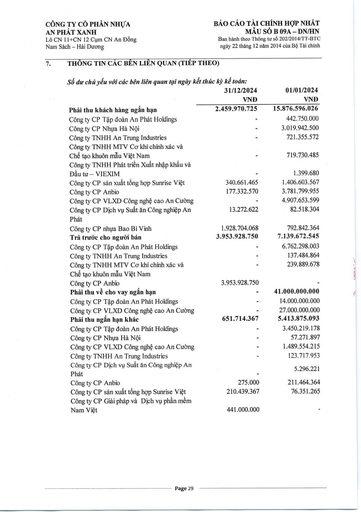
||31/12/2024 VND|01/01/2024 VND| |---|---|---| |Phải thu khách hàng ngắn hạn|2.459.970.725|15.876.596.026| |Công ty CP Tập đoàn An Phát Holdings|-|442.750.000| |Công ty CP Nhựa Hà Nội|-|3.019.942.500| |Công ty TNHH An Trung Industries|-|721.355.572| |Công ty TNHH MTV Cơ khí chính xác và Chế tạo khuôn mẫu Việt Nam|-|719.730.485| |Công ty TNHH Phát triển Xuất nhập khẩu và Đầu tư VIEXIM|-|1.399.680| |Công ty CP Sản xuất Tổng hợp Sunrise Việt|340.661.465|1.406.603.567| |Công ty CP Anbio|177.332.570|3.781.799.955| |Công ty CP VLXD Công nghệ Cao An Cường|-|4.907.653.599| |Công ty CP Dịch vụ Suất ăn Công nghiệp An Phát|13.272.622|82.518.304| |Công ty CP Nhựa Bao Bì Vinh|1.928.704.068|792.842.364| |Trả trước cho người bán|3.953.928.750|7.139.672.545| |Công ty CP Tập đoàn An Phát Holdings|-|6.762.298.003| |Công ty TNHH An Trung Industries|-|137.484.864| |Công ty TNHH MTV Cơ khí chính xác và|-|239.889.678| |Chế tạo khuôn mẫu Việt Nam||| |Công ty CP Anbio|3.953.928.750|| |Phải thu về cho vay ngắn hạn|-|41.000.000.000| |Công ty CP Tập đoàn An Phát Holdings|-|14.000.000.000| |Công ty CP VLXD Công nghệ Cao An Cường|-|27.000.000.000| |Phải thu ngắn hạn khác|651.714.367|5.413.875.093| |Công ty CP Tập đoàn An Phát Holdings|-|3.450.219.178| |Công ty CP Nhựa Hà Nội|-|57.271.897| |Công ty CP VLXD Công nghệ Cao An Cường|-|1.489.554.215| |Công ty TNHH An Trung Industries|-|123.717.953| |Công ty CP Dịch vụ Suất ăn Công nghiệp An Phát|-|5.296.221| |Công ty CP Anbio|275.000|211.464.364| |Công ty CP Sản xuất Tổng hợp Sunrise Việt|210.439.367|76.351.265| |Công ty CP Giải pháp và Dịch vụ Phần mềm Nam Việt|441.000.000||